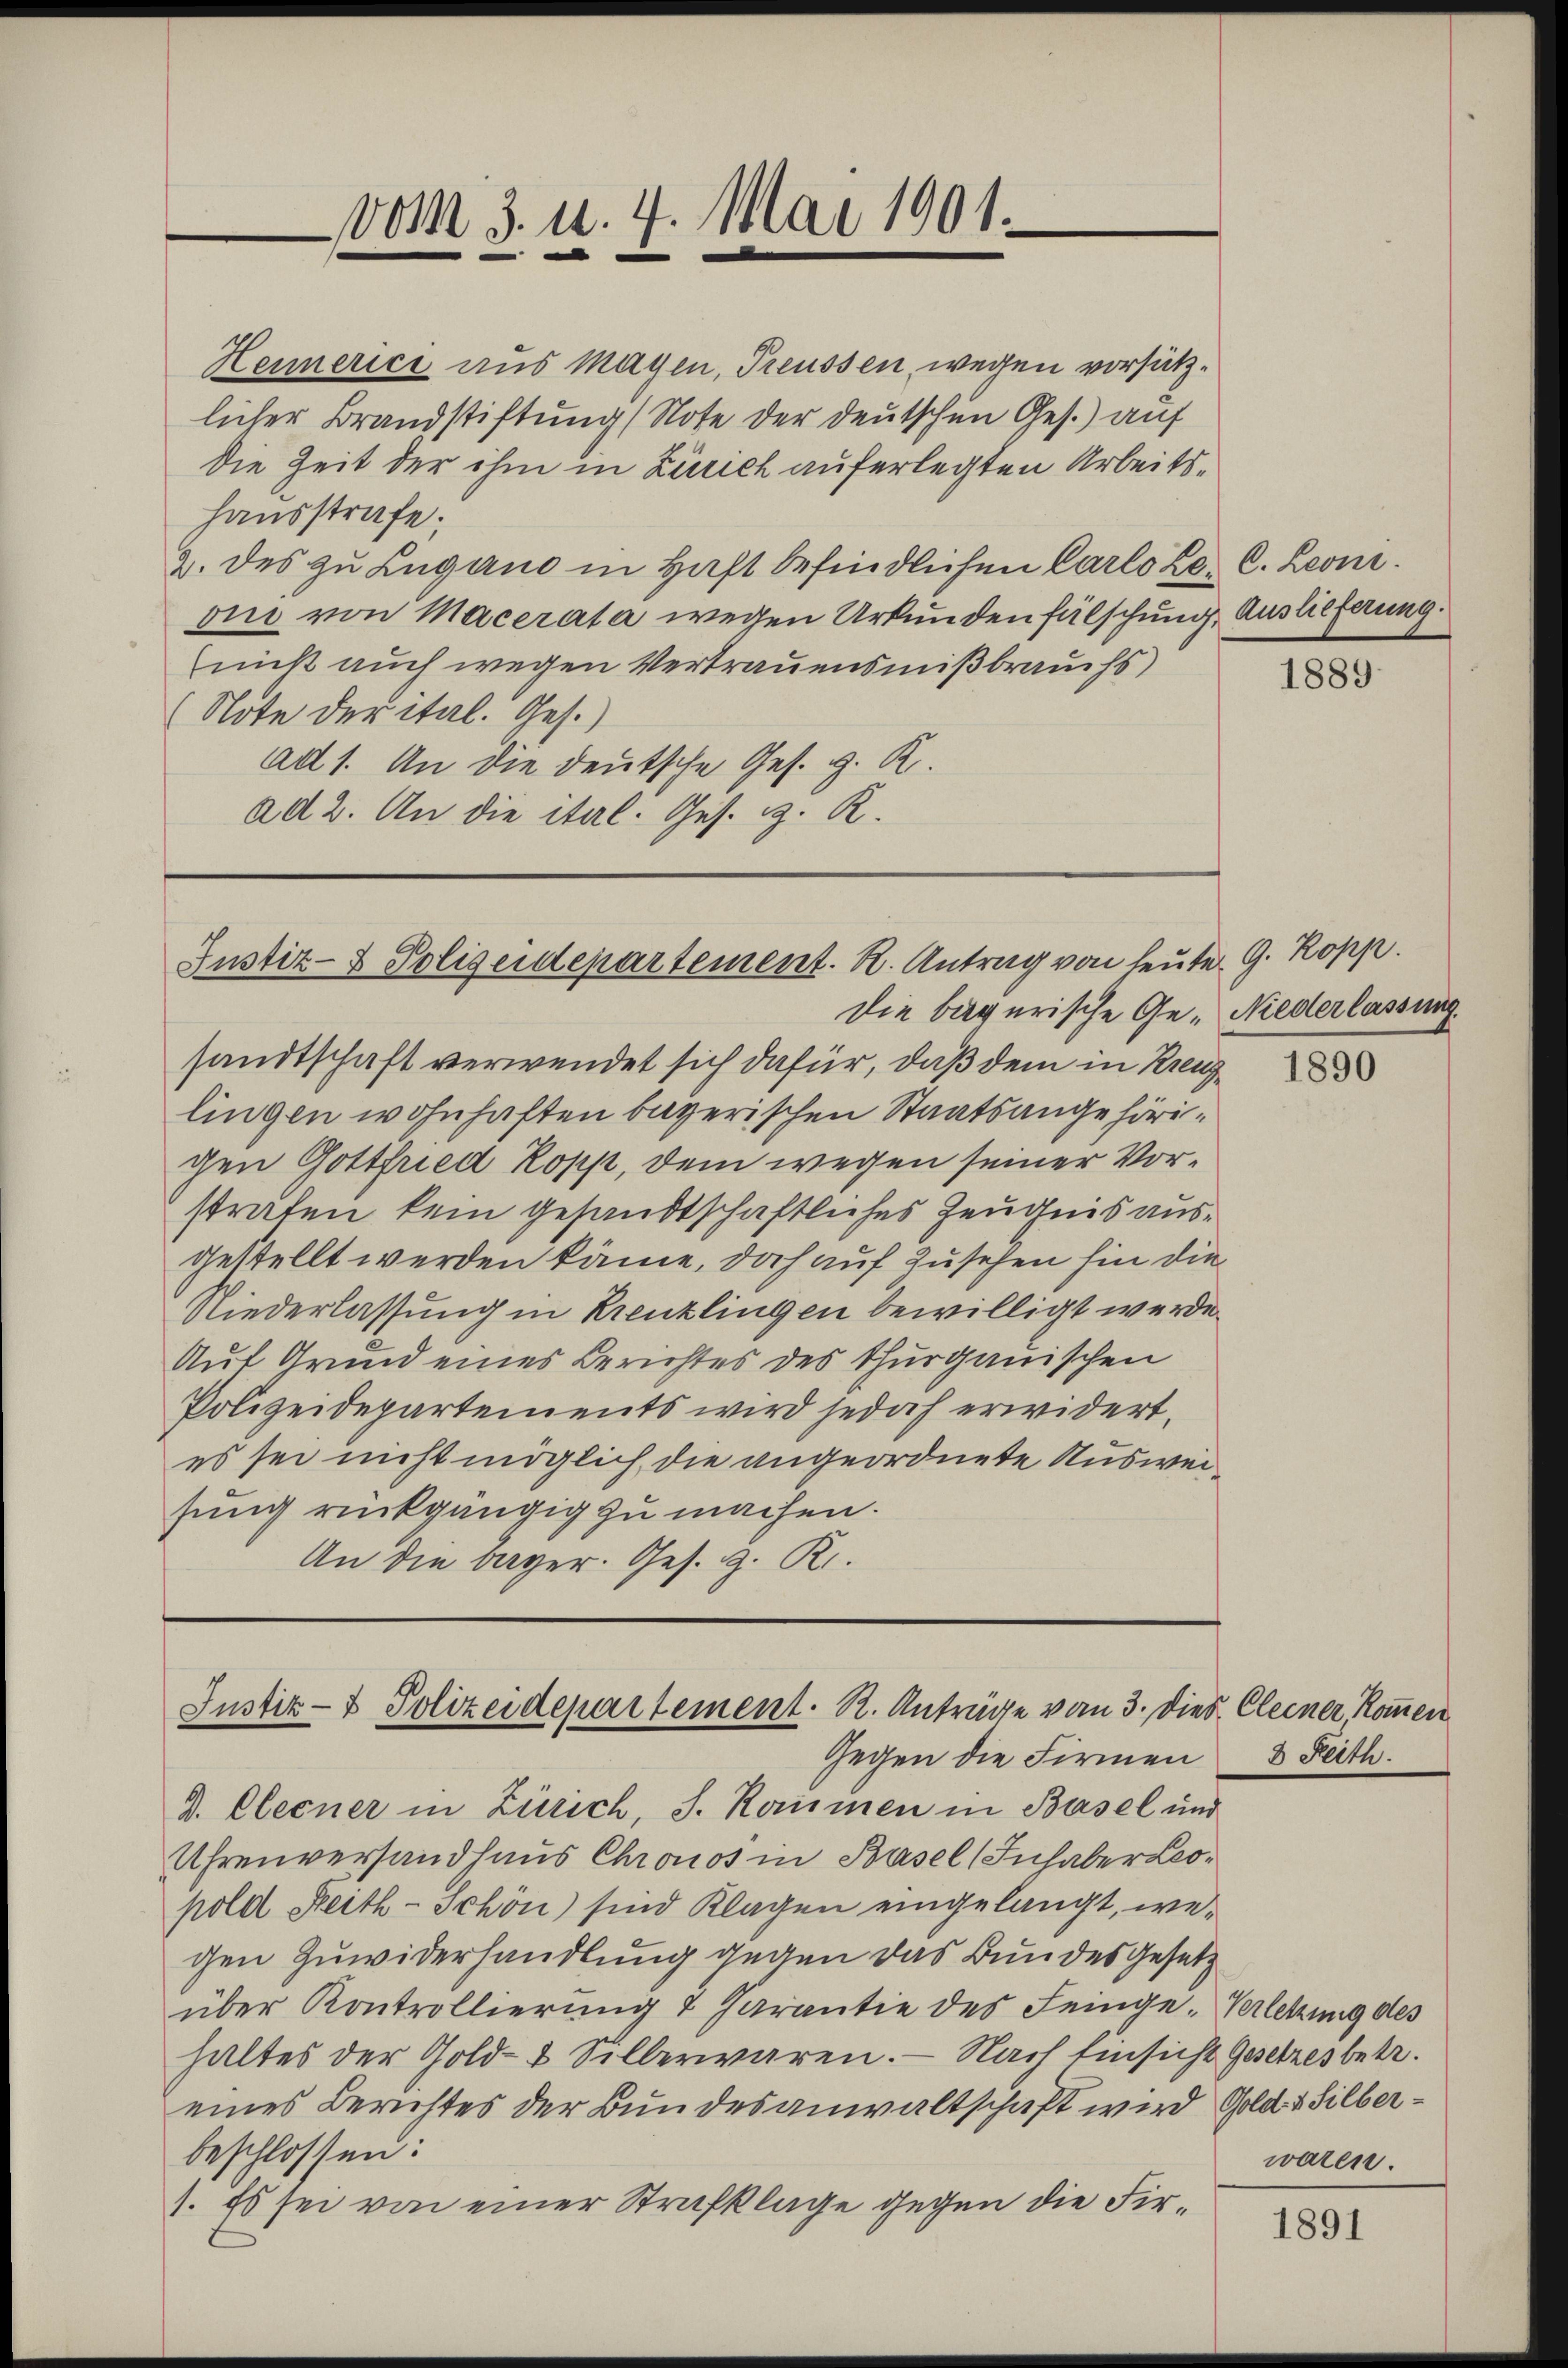
vom 3. d. 7. Mai 1901.
—

Heimerici aus Mayen, Treussen, wegen vorsätzlicher Brandstiftung (Note der deutschen Ges.) auf
Die Zeit der ihm in Zürich auferlegten Arbeitshausstrafe;
2. des zu Lugano in Haft befindlichen Carlo Ze. C. Leoni.
oi von Macerata wegen Urkundenfälschung, Auslieferung.
(nicht auch wegen Vertrauensmißbrauchs
Note der ital. Ges.)
ad 1. An die deutsche Ges. g. K.
ad 2. An die ital. Ges. z. R.

die bayerische Ge- Niederlassung.
sandtschaft verwendet sich dafür, daß dem in Kreuzlingen wohnhaften bayerischen Staatsangehörigen Gottfried Kopp, dem wegen seiner Vorstrafen kein gesandtschaftliches Zeugnis ausgestellt werden käme, doch auf Zusehen hin die
Niederlassung in Kreuzlingen bewilligt werde.
Auf Grund eines Berichtes des thurgauischen
Polizeidepartements wird jedoch erwidert,
es sei nicht möglich die angeordnete Ausweisung rückgängig zu machen.
An die bayer. Ges. z. R.

Justiz- & Polizeidepartement. R. Antrag von heute G. Ropp.

Justiz- & Polizeidepartement. R. Anträge vom 3. Dies

1889.

1890

1891

" Cleiner kommen
3 Reith

Gegen die Firmen
d. Cleener in Zürich, J. Kommen in Basel und
Uhrenversandhaus Chronos in Basel (Inhaber Leopold Reith-Schön sind Klagen eingelangt, wegen Zuwiderhandlung gegen das Bundes Gesetz
über Kontrollierung 2 Parantie des Feinge-Verletzung des
haltes der Gold- & Silberwaren. Nach Einsicht Gesetzesbetr.
eines Berichtes der Bundesanwaltschaft wird Gold- & Silberbeschlossen:
1. Es sei von einer Strafklage gegen die Fir¬

waren.